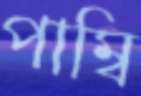
পাম্বি